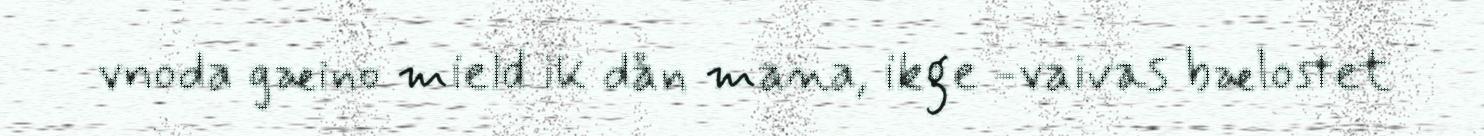
vnoda gæino mield ik dån mana, ikge -vaivas bælostet